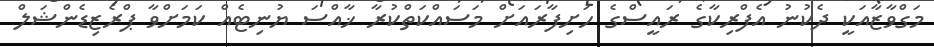
މަގްވާޒާއަކީ ދެކުނު އެފްރިކާގެ ރައީސްގެ ހަށިފާރައަށް މަސައްކަތްކުރާ ޚާއްސަ ޔުނިޓެއް ކަމަށްވާ ޕްރެޒިޑެންޝަލް